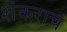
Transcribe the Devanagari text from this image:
शंकराचं